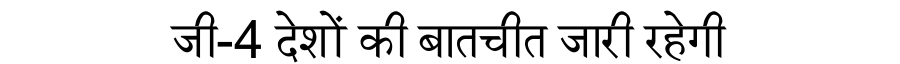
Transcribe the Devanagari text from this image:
जी-4 देशों की बातचीत जारी रहेगी